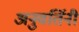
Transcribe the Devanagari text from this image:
अनुवर्तिनी